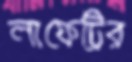
লাফেট্রির